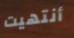
أنتهيت